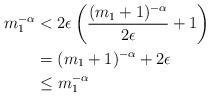
LaTeX: \begin{align*} m_1^{-\alpha}&< 2\epsilon\left(\frac{(m_1+1)^{-\alpha}}{2\epsilon}+1\right)\\ &=(m_1+1)^{-\alpha}+2\epsilon\\ &\leq m_1^{-\alpha} \end{align*}